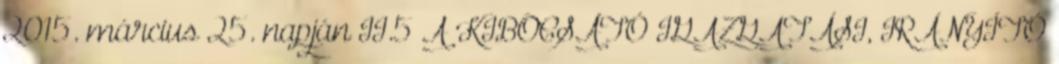
2015. március 25. napján II.5 A KIBOCSÁTÓ IGAZGATÁSI, IRÁNYÍTÓ